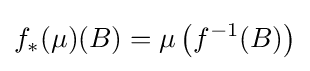
f_{*}(\mu )(B)=\mu \left(f^{-1}(B)\right)